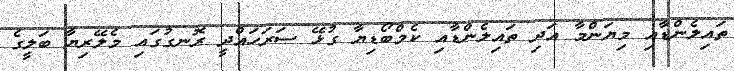
ތައިލެންޑާއި މިޔަންމާ އަދި ތައިލެންޑާއި ކެމްބޯޑިޔާ ގުޅޭ ސަރަހައްދީ ރޮނގުގައި މެލޭރިޔާ ބަލީގެ